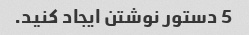
5 دستور نوشتن ایجاد کنید.